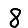
Digit: 8